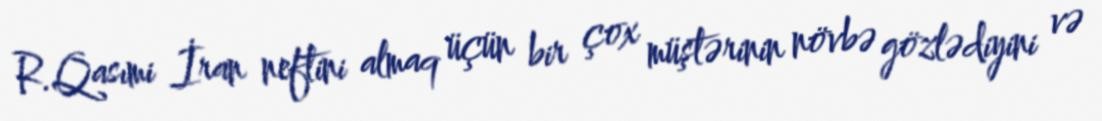
R.Qasımi İran neftini almaq üçün bir çox müştərinin növbə gözlədiyini və